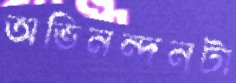
অভিনন্দনটা